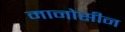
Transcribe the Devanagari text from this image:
मानोसीन